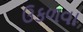
ઉકળવા